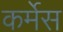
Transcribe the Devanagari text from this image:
कर्मेस